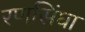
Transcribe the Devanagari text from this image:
रणसिंघा